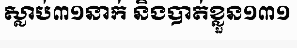
ស្លាប់៣១នាក់ និងបាត់ខ្លួន១៣១